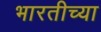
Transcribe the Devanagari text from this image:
भारतीच्या